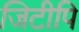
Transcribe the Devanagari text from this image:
जिटीपि